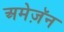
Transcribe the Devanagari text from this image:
अमेज़ॅन